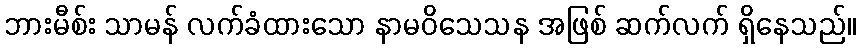
ဘားမီစ်း သာမန် လက်ခံထားသော နာမဝိသေသန အဖြစ် ဆက်လက် ရှိနေသည်။